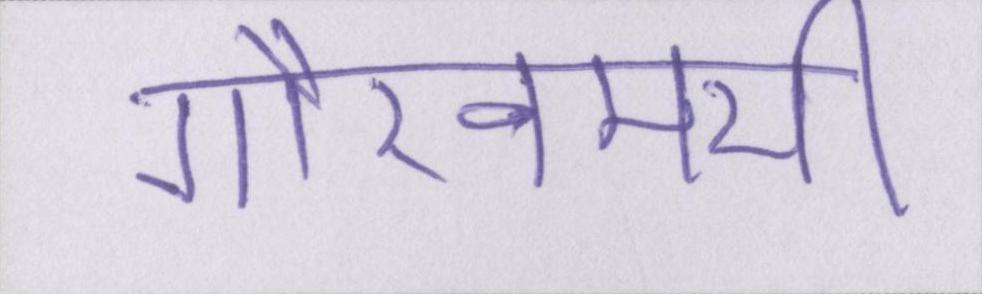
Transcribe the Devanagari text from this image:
गौरवमयी